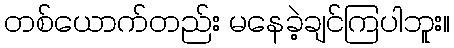
တစ်ယောက်တည်း မနေခဲ့ချင်ကြပါဘူး။